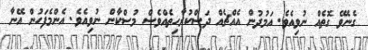
ގެނެވޭ ގޮތެއް ނުވިއެވެ. އަމުދުން އެއްޗެއް ދަސްކުރާހިތެއްވެސް މުސްކާން ނުވިއެވެ. އެންމެފަހުން އޭނާ